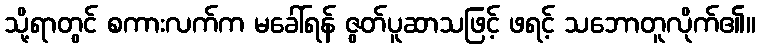
သို့ရာတွင် စကားလက်က မခေါ်ရန် ဇွတ်ပူဆာသဖြင့် ဖရင့် သဘောတူလိုက်၏။